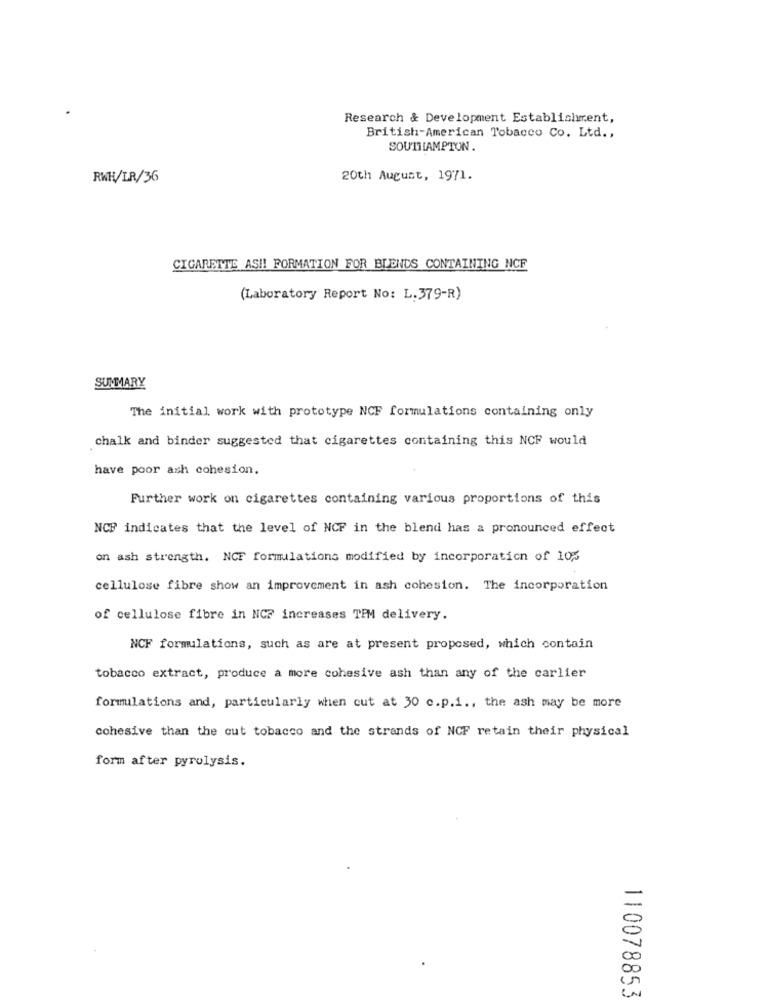
Research & Development Establishment,
British-American Tobacco Co. Ltd .,
SOUTHAMPTON
RWH/LR/36
20th August, 1971.
CIGARETTE AS !! FORMATION FOR BLENDS CONTAINING NCF
(Laboratory Report No: L.379-R)
SUMMARY
The initial work with prototype NCF formulations containing only
chalk and binder suggested that cigarettes containing this NCF would
have poor ash cohesion.
Further work on cigarettes containing various proportions of this
NCF indicates that the level of NCF in the blend has a pronounced effect
on ash strength. NCF formulations modified by incorporation of 10%
cellulose fibre show an improvement in ash cohesion. The incorporation
of cellulose fibre in NC? increases TPM delivery.
NCF formulations, such as are at present proposed, which contain
tobacco extract, produce a more cohesive ash than any of the carlier
formulations and, particularly when cut at 30 c.p.i ., the ash may be more
cohesive than the cut tobacco and the strands of NCF retain their physical
form after pyrolysis.
110078853